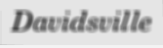
Davidsville